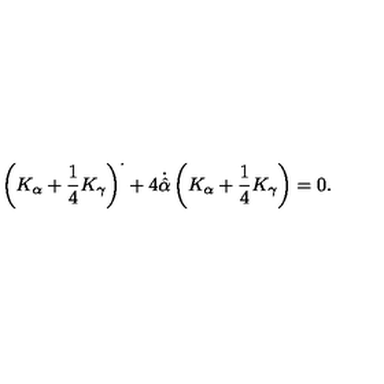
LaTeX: \left( K _ { \alpha } + \frac { 1 } { 4 } K _ { \gamma } \right) ^ { \cdot } + 4 \dot { \hat { \alpha } } \left( K _ { \alpha } + \frac { 1 } { 4 } K _ { \gamma } \right) = 0 .